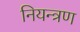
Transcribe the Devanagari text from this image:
नियन्‍त्रण